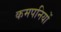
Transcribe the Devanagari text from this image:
कमपनियों